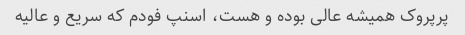
پرپروک همیشه عالی بوده و هست، اسنپ فودم که سریع و عالیه